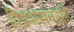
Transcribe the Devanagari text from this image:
विक्रमसतसई